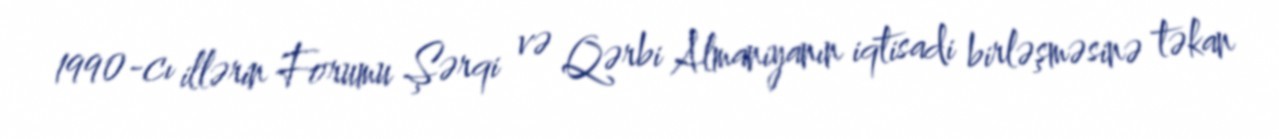
1990-cı illərin Forumu Şərqi və Qərbi Almaniyanın iqtisadi birləşməsinə təkan